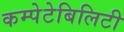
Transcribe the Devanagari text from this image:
कम्पेटेबिलिटी